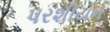
પરશીયન